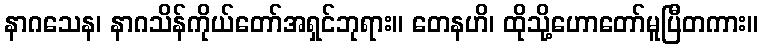
နာဂသေန၊ နာဂသိန်ကိုယ်တော်အရှင်ဘုရား။ တေနဟိ၊ ထိုသို့ဟောတော်မူပြီတကား။